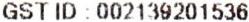
GST ID : 002139201536